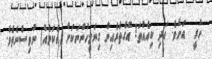
ހުރީ  އަށެވެ. އަދި ކިއެއްތަ! އޭގެތެރެއިން ގިނަމީހުންނަކަށް (އެކަމެއް) ނުވިސްނެތެވެ.